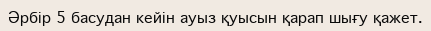
Әрбір 5 басудан кейін ауыз қуысын қарап шығу қажет.